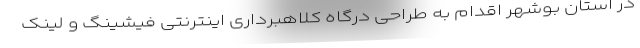
در استان بوشهر اقدام به طراحی درگاه کلاهبرداری اینترنتی فیشینگ و لینک